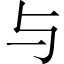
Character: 与